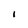
Character: 1